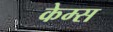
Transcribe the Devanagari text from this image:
केम्स